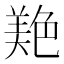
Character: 𦫧